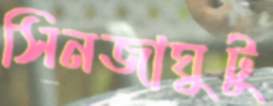
সিনজাঘুটু